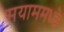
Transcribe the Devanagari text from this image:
सयाममध्ये